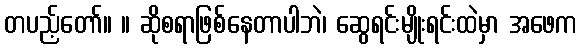
တပည့်တော်။ ။ ဆိုစရာဖြစ်နေတာပါဘဲ၊ ဆွေရင်းမျိုးရင်းထဲမှာ အဖေက